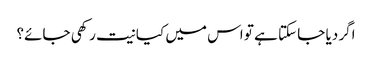
اگر دیا جا سکتا ہے تو اس میں کیا نیت رکھی جائے؟